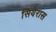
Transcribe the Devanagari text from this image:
सियेरास